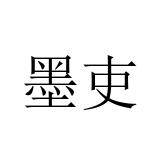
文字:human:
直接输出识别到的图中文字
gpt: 墨吏